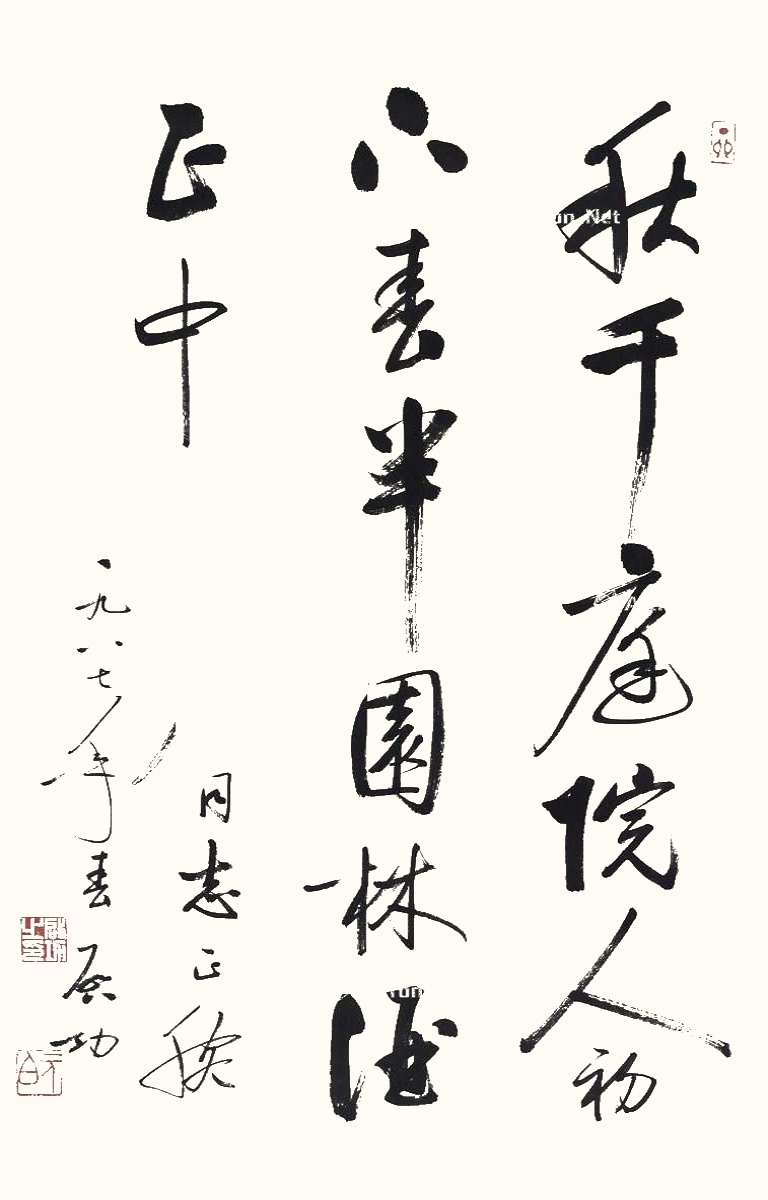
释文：秋千庭院人初下，春半园林酒正中。□同志正腕，一九八七年春，启功。